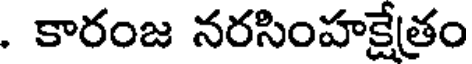
. కారంజ నరసింహక్షేత్రం